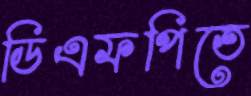
ডিএফপিতে